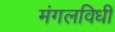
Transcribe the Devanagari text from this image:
मंगलविधी